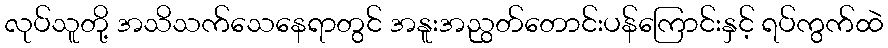
လုပ်သူတို့ အသိသက်သေနေရာတွင် အနူးအညွတ်တောင်းပန်ကြောင်းနှင့် ရပ်ကွက်ထဲ